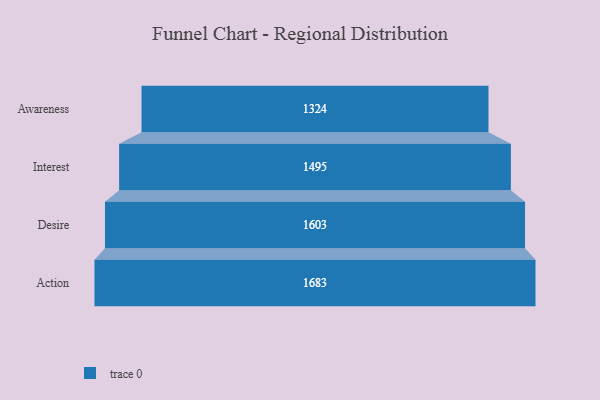
{"axis": {"x": "Stage", "y": "Value"}, "legend": [""], "data": [{"x": "Awareness", "y": 1324.0, "type": ""}, {"x": "Interest", "y": 1495.0, "type": ""}, {"x": "Desire", "y": 1603.0, "type": ""}, {"x": "Action", "y": 1683.0, "type": ""}]}